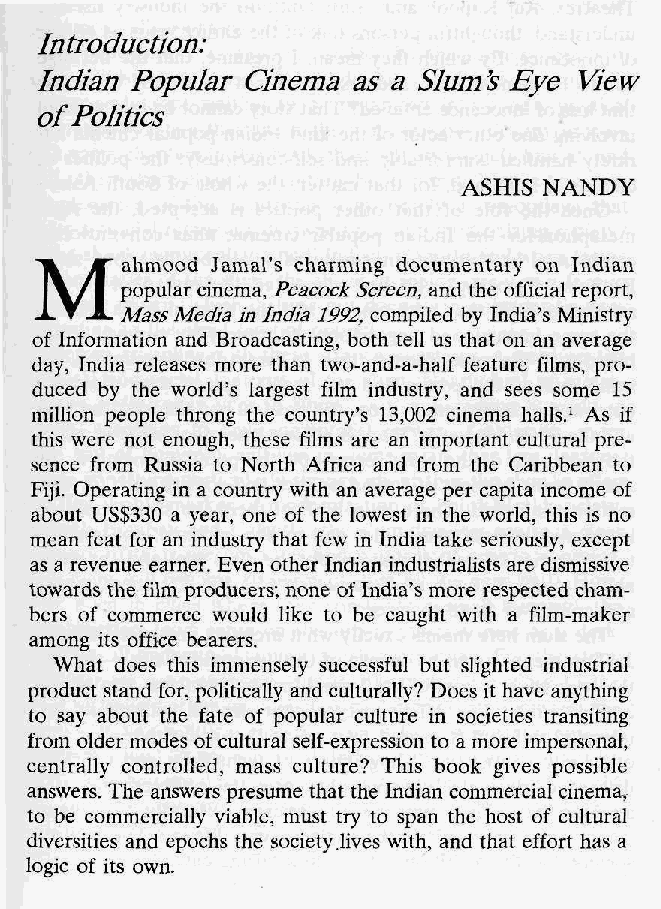
Introduction:
 Indian Popular Cinema as a Slum's Eye View
 of Politics
 ASHIS NANDY
 M
 ahmood Jamal's charming documentary on Indian
 popular cinema, Peacock Screen, and the official report,
 Mass Media in India 1992, compiled by India's Ministry
 of Information and Broadcasting, both tell us that on an average
 day, India releases more than two-and-a-half feature films, pro-
 duced by the world's largest film industry, and sees some 15
 million people throng the country's 13,002 cinema halls.1 As if
 this were not enough, these films are an important cultural pre-
 sence from Russia to North Africa and from the Caribbean to
 Fiji. Operating in a country with an average per capita income of
 about US$330 a year, one of the lowest in the world, this is no
 mean feat for an industry that few in India take seriously, except
 as a revenue earner. Even other Indian industrialists are dismissive
 towards the film producers; none of India's more respected cham-
 bers of commerce would like to be caught with a film-maker
 amGng its office bearers.
 What does this immensely successful but slighted industrial
 product stand for, politically and culturally? Does it have anything
 to say about the fate of popular culture in societies transiting
 from older modes of cultural self-expression to a more impersonal,
 centrally controlled, mass culture? This book gives possible
 answers. The answers presume that the Indian commercial cinema,
 to be commercially viable, must try to span the host of cultural
 diversities and epochs the society lives with, and that effort has a
 logic of its own.